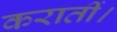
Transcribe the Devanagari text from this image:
करातीं।